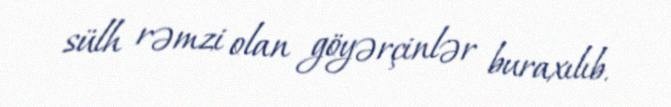
sülh rəmzi olan göyərçinlər buraxılıb.